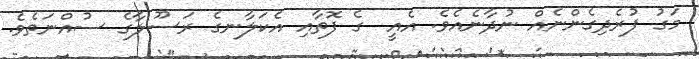
މަގު ފުރެދިގެންނެއް ނުދާނެއެވެ. އެއީ  ގެ ފޮތާއި އެކަލާނގެ ރަސޫލާގެ ސުއްނަތެވެ.